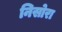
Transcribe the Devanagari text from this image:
निसोरा